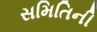
સમિતિની